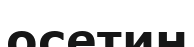
осетин